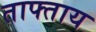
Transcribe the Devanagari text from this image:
ताफ्ताय